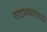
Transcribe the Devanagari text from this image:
नाटककारांसाठी